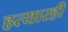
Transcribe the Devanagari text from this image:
हत्यारही